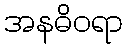
အနဓိဝရာ